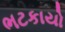
ભટકાયો